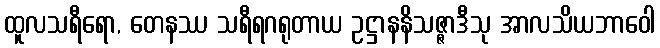
ထူလသရီရော, တေနဿ သရီရဂရုတာယ ဥဋ္ဌာနနိသဇ္ဇာဒီသု အာလသိယဘာဝေါ